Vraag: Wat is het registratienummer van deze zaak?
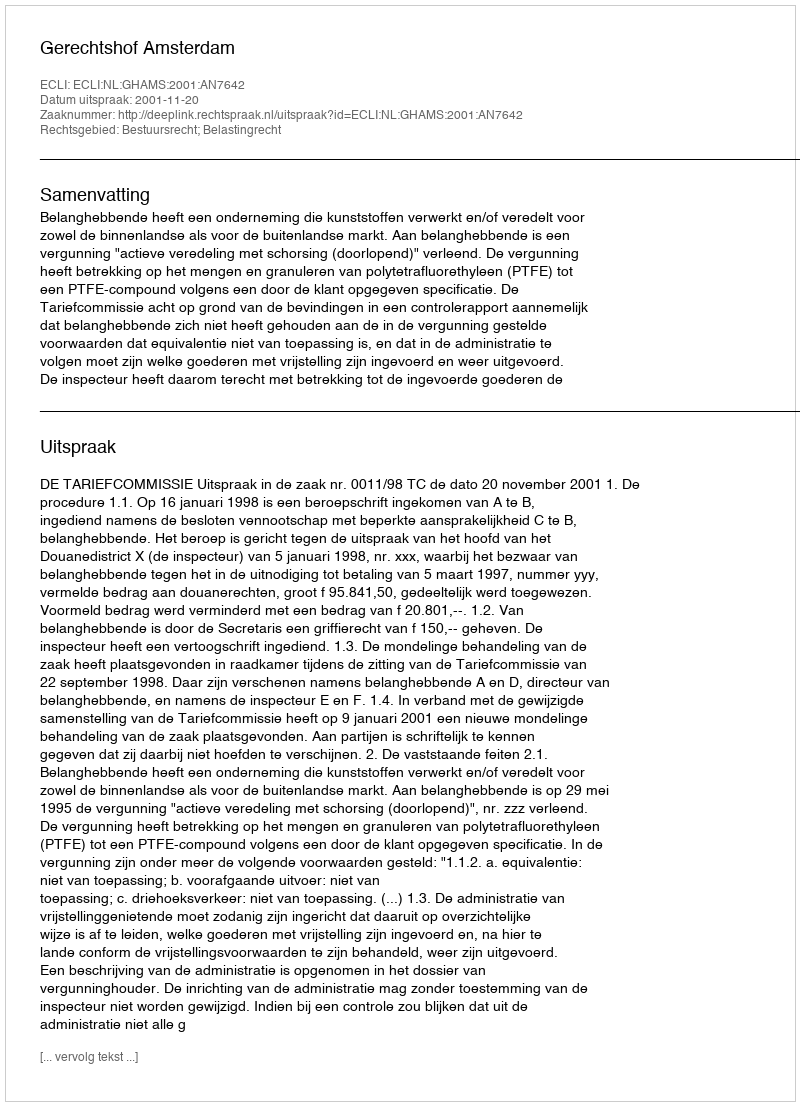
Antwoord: http://deeplink.rechtspraak.nl/uitspraak?id=ECLI:NL:GHAMS:2001:AN7642